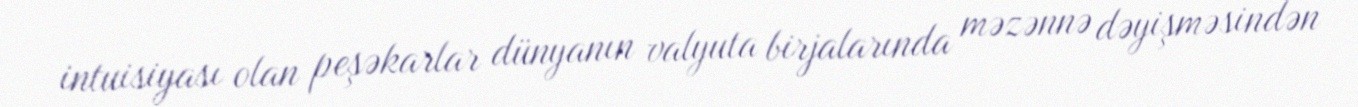
intuisiyası olan peşəkarlar dünyanın valyuta birjalarında məzənnə dəyişməsindən